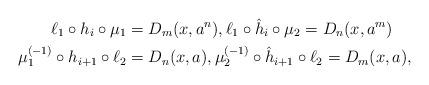
LaTeX: \begin{align*}\ell_1\circ h_i \circ \mu_1&=D_m(x, a^n), \ell_1\circ \hat h_i\circ \mu_2=D_n(x, a^m)\\\mu_1^{(-1)}\circ h_{i+1} \circ \ell_2&=D_n(x, a), \mu_2^{(-1)}\circ \hat h_{i+1}\circ \ell_2=D_m(x, a),\end{align*}